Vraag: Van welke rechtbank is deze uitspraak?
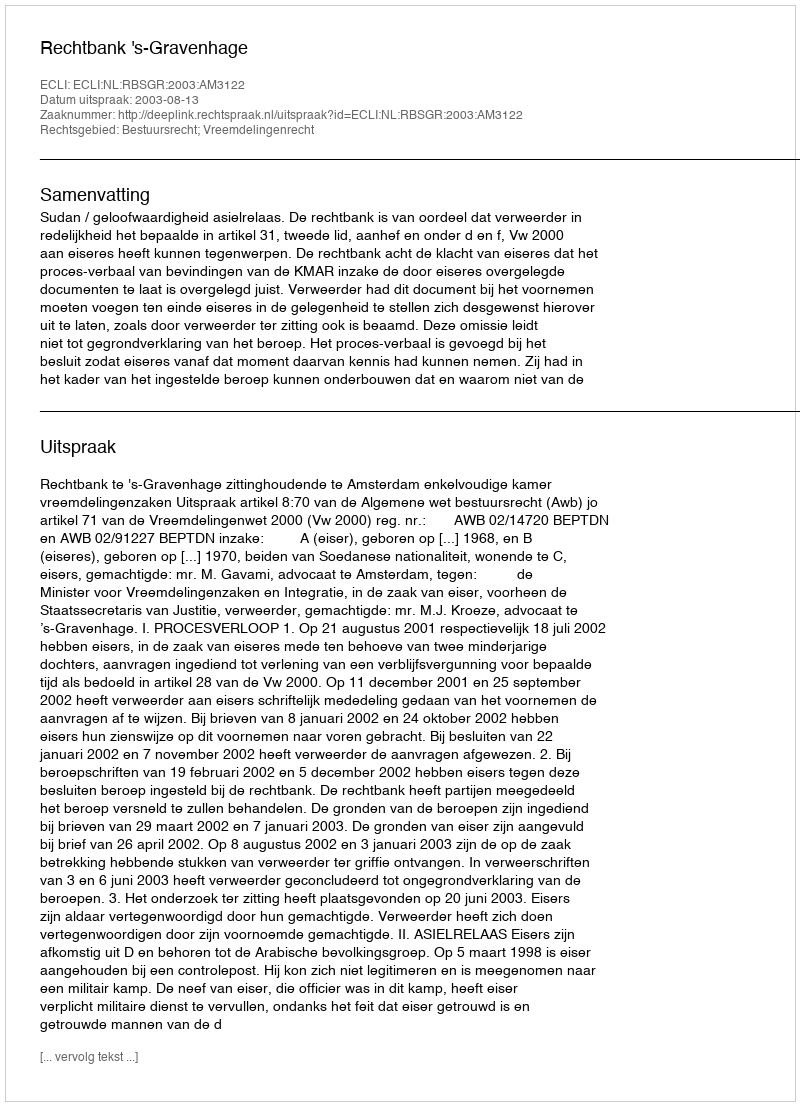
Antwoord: Rechtbank 's-Gravenhage